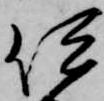
伊